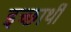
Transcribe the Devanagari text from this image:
इच्छार्थी